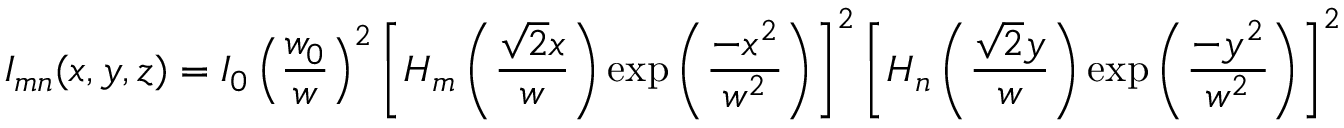
I _ { m n } ( x , y , z ) = I _ { 0 } \left( { \frac { w _ { 0 } } { w } } \right) ^ { 2 } \left[ H _ { m } \left( { \frac { { \sqrt { 2 } } x } { w } } \right) \exp \left( { \frac { - x ^ { 2 } } { w ^ { 2 } } } \right) \right] ^ { 2 } \left[ H _ { n } \left( { \frac { { \sqrt { 2 } } y } { w } } \right) \exp \left( { \frac { - y ^ { 2 } } { w ^ { 2 } } } \right) \right] ^ { 2 }